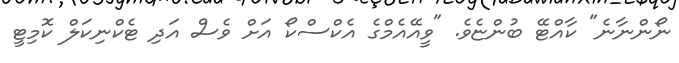
ނޯންނާނެ" ކާއްޓޭ ބުންޏެވެ. "ވީއޭއެމްގެ އެކްސްކޯ އަށް ވެސް އަދި ޓެކްނިކަލް ކޮމިޓީ